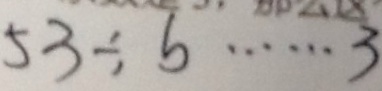
5 3 \div b \cdots 3